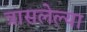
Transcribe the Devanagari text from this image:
त्रासलेल्या